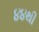
૪૪થી